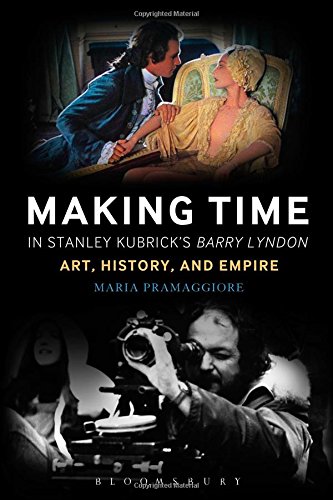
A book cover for Making Time in Stanley Kubrick's Barry Lyndon: Art, History, and Empire; Maria Pramaggiore; Humor & Entertainment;